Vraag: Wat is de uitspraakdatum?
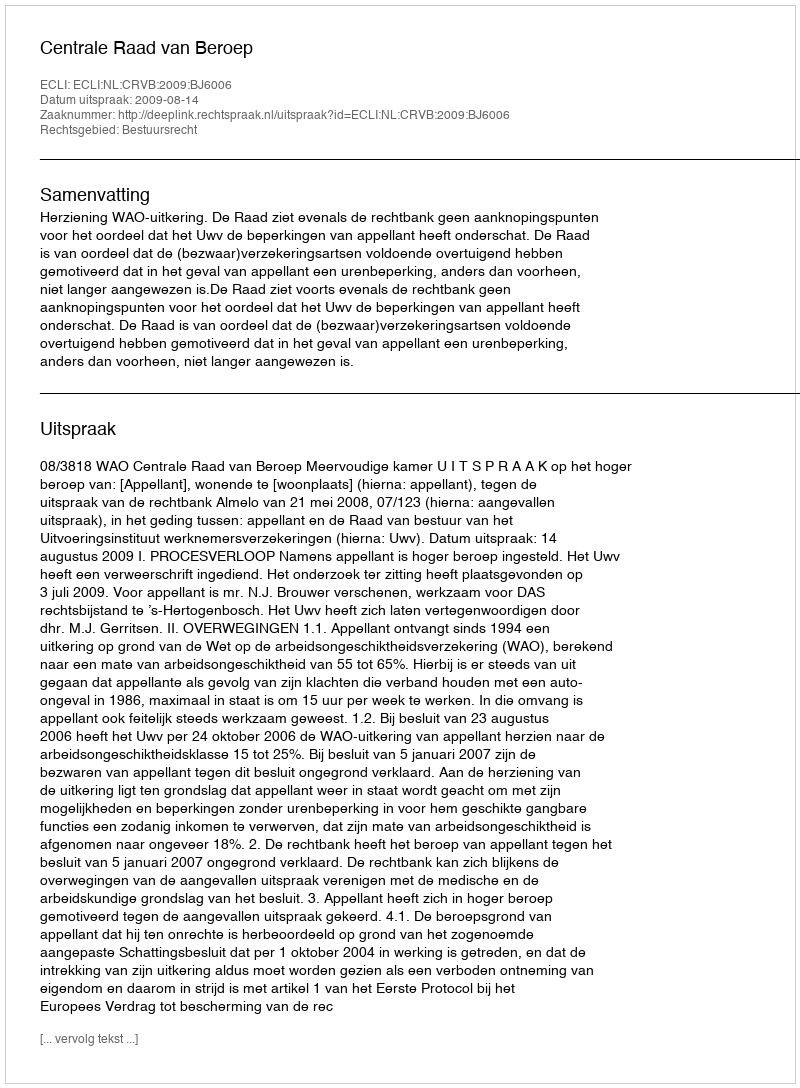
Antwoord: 2009-08-14